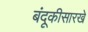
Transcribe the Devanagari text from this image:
बंदूकीसारखे